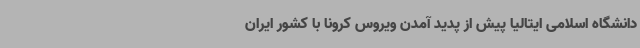
دانشگاه اسلامی ایتالیا پیش از پدید آمدن ویروس کرونا با کشور ایران